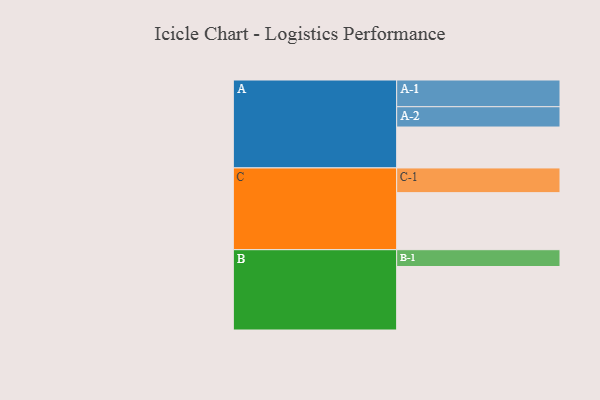
{"axis": {"x": "Segment", "y": "Value"}, "legend": ["", "A", "B", "C"], "data": [{"x": "A", "y": 343, "type": ""}, {"x": "B", "y": 532, "type": ""}, {"x": "C", "y": 478, "type": ""}, {"x": "A-1", "y": 224, "type": "A"}, {"x": "A-2", "y": 170, "type": "A"}, {"x": "B-1", "y": 141, "type": "B"}, {"x": "C-1", "y": 207, "type": "C"}]}